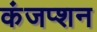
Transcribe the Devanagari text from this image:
कंजप्शन